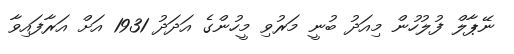
ނޭޕާލް ފުލުހުން މިއަދު ބުނީ މަރުވި މީހުންގެ އަދަދު 1931 އަަށް އަރާފައިވާ